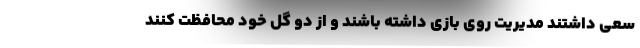
سعی داشتند مدیریت روی بازی داشته باشند و از دو گل خود محافظت کنند